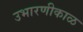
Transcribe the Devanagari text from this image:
उभारणीकाळ